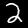
Label: 2